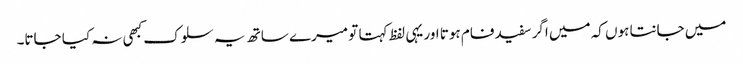
میں جانتا ہوں کہ میں اگر سفید فام ہوتا اور یہی لفظ کہتا تو میرے ساتھ یہ سلوک کبھی نہ کیا جاتا۔